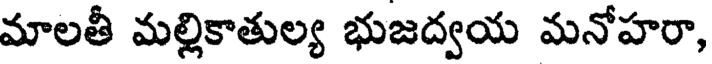
మాలతీ మల్లికాతుల్య భుజద్వయ మనోహరా,